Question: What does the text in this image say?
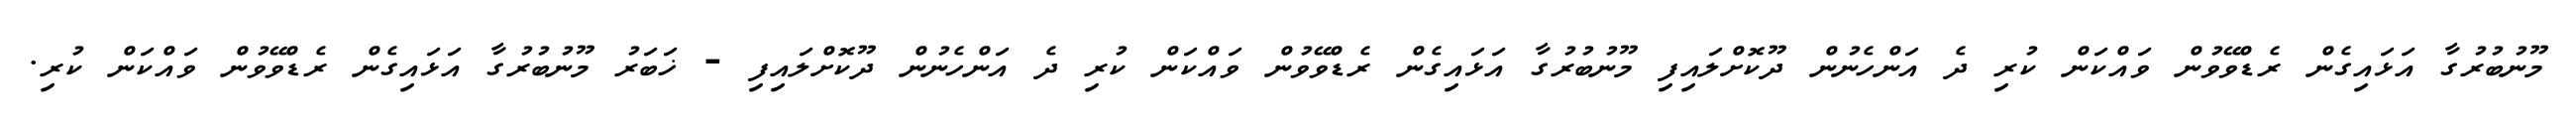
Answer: މޫނުބުރުގާ އަޅައިގެން ރެޑްވޭވުން ވައްކަން ކުރި ދެ އަންހެނުން ދޫކޮށްލައިފި މޫނުބުރުގާ އަޅައިގެން ރެޑްވޭވުން ވައްކަން ކުރި ދެ އަންހެނުން ދޫކޮށްލައިފި - ޚަބަރު މޫނުބުރުގާ އަޅައިގެން ރެޑްވޭވުން ވައްކަން ކުރި.